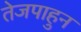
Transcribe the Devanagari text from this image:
तेजपाहुन